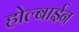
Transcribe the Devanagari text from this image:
होल्बाईन